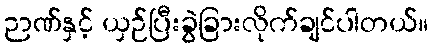
ဉာဏ်နှင့် ယှဉ်ပြီးခွဲခြားလိုက်ချင်ပါတယ်။